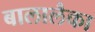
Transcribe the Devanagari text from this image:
बालालैका